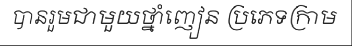
បានរួមជាមួយថ្នាំញៀន ប្រភេទក្រាម